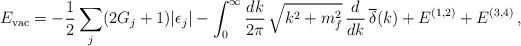
LaTeX: \begin{align*}E_{\rm vac} = -\frac{1}{2}\sum_j(2G_j+1)|\epsilon_j| - \int_0^\infty \frac{dk}{2\pi}\,\sqrt{k^2+m_f^2}\,\frac{d}{dk}\,\overline{\delta}(k) + E^{(1,2)} + E^{(3,4)} \, , \end{align*}